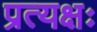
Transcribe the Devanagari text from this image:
प्रत्यक्षः